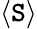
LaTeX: \langle\mathtt{S}\rangle